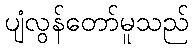
ပျံလွန်တော်မူသည်